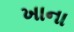
ખાના